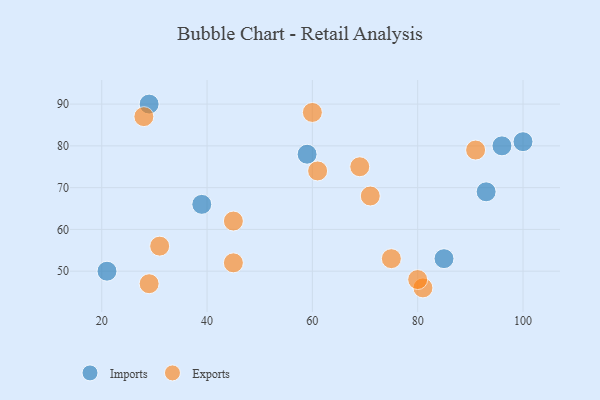
{"axis": {"x": "GDP", "y": "Life Expectancy"}, "legend": ["Exports", "Imports"], "data": [{"x": "59", "y": 78, "type": "Imports"}, {"x": "21", "y": 50, "type": "Imports"}, {"x": "39", "y": 66, "type": "Imports"}, {"x": "96", "y": 80, "type": "Imports"}, {"x": "85", "y": 53, "type": "Imports"}, {"x": "93", "y": 69, "type": "Imports"}, {"x": "100", "y": 81, "type": "Imports"}, {"x": "29", "y": 90, "type": "Imports"}, {"x": "45", "y": 62, "type": "Exports"}, {"x": "81", "y": 46, "type": "Exports"}, {"x": "60", "y": 88, "type": "Exports"}, {"x": "80", "y": 48, "type": "Exports"}, {"x": "69", "y": 75, "type": "Exports"}, {"x": "28", "y": 87, "type": "Exports"}, {"x": "75", "y": 53, "type": "Exports"}, {"x": "31", "y": 56, "type": "Exports"}, {"x": "29", "y": 47, "type": "Exports"}, {"x": "71", "y": 68, "type": "Exports"}, {"x": "91", "y": 79, "type": "Exports"}, {"x": "45", "y": 52, "type": "Exports"}, {"x": "61", "y": 74, "type": "Exports"}]}